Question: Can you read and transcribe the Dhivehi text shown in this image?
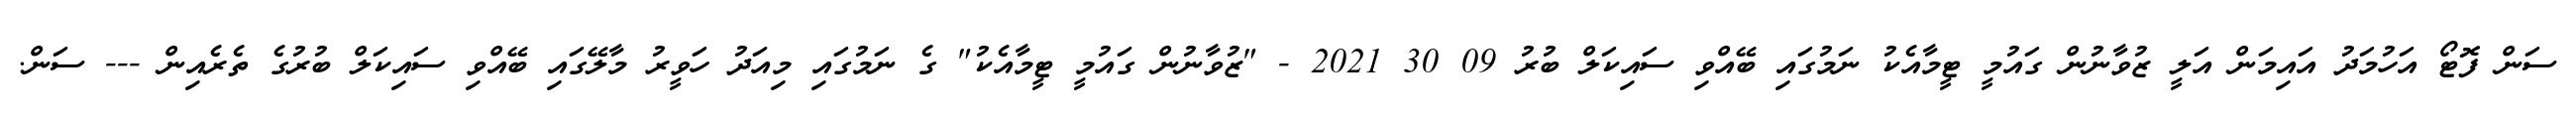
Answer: ސަން ފޮޓޯ އަހުމަދު އައިމަން އަލީ ޒުވާނުން ގައުމީ ޓީމާއެކު ނަމުގައި ބޭއްވި ސައިކަލް ބުރު 09 30 2021 - "ޒުވާނުން ގައުމީ ޓީމާއެކު" ގެ ނަމުގައި މިއަދު ހަވީރު މާލޭގައި ބޭއްވި ސައިކަލް ބުރުގެ ތެރެއިން --- ސަން.